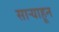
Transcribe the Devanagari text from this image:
साऱ्याहून